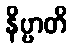
နိဗ္ဗာတိ